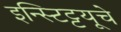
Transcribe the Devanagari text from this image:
इन्स्टिट्टयूचे